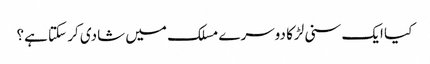
کیا ایک سنی لڑکا دوسرے مسلک میں شادی کر سکتا ہے؟